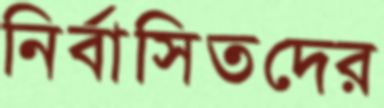
নির্বাসিতদের